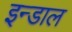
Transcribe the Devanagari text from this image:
इन्डाल